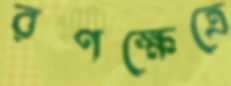
রণক্ষেত্রে